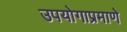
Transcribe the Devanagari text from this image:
उपयोगाप्रमाणे